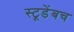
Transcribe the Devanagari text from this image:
स्टूडेंबच